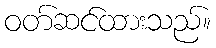
ဝတ်ဆင်ထားသည်။